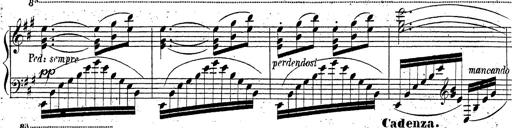
Title: Grande fantaisie sur la tyrolienne de l'opÃ©ra
Composer: Franz Liszt
Key: A major